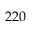
2 2 0